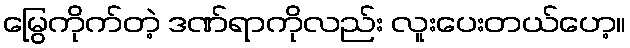
မြွေကိုက်တဲ့ ဒဏ်ရာကိုလည်း လူးပေးတယ်ဟေ့။